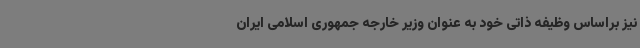
نیز براساس وظیفه ذاتی خود به عنوان وزیر خارجه جمهوری اسلامی ایران